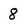
Character: 8